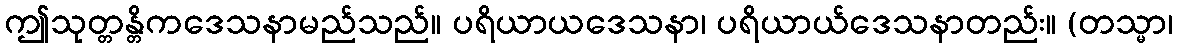
ဤသုတ္တန္တိကဒေသနာမည်သည်။ ပရိယာယဒေသနာ၊ ပရိယာယ်ဒေသနာတည်း။ (တသ္မာ၊